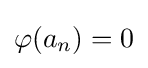
\varphi (a_{n})=0